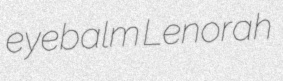
eyebalm Lenorah